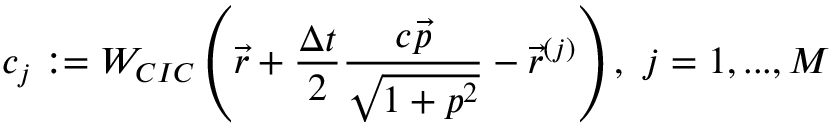
\displaystyle { c _ { j } : = W _ { C I C } \left( \vec { r } + \frac { \Delta t } { 2 } \frac { c \vec { p } } { \sqrt { 1 + p ^ { 2 } } } - \vec { r } ^ { ( j ) } \right) , \ j = 1 , . . . , M }